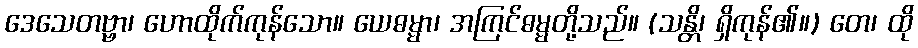
ဒေသေတဗ္ဗာ၊ ဟောထိုက်ကုန်သော။ ယေဓမ္မာ၊ အကြင်ဓမ္မတို့သည်။ (သန္တိ၊ ရှိကုန်၏။) တေ၊ ထို